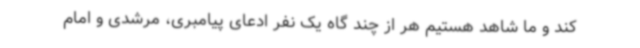
کند و ما شاهد هستیم هر از چند گاه یک نفر ادعای پیامبری، مرشدی و امام